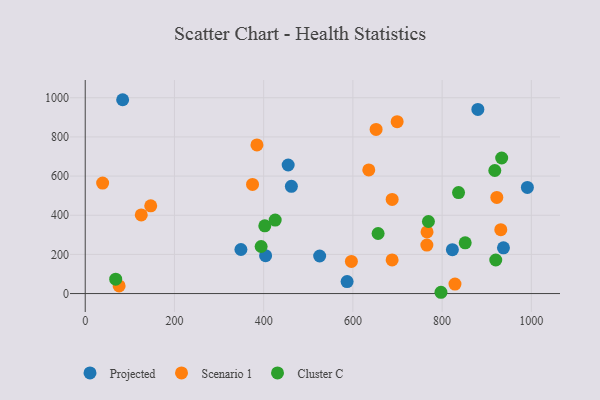
{"axis": {"x": "Speed", "y": "Fuel Efficiency"}, "legend": ["Cluster C", "Projected", "Scenario 1"], "data": [{"x": "525.5", "y": 191.8, "type": "Projected"}, {"x": "587.0", "y": 61.3, "type": "Projected"}, {"x": "937.5", "y": 233.7, "type": "Projected"}, {"x": "404.3", "y": 193.4, "type": "Projected"}, {"x": "83.9", "y": 990.0, "type": "Projected"}, {"x": "454.9", "y": 656.7, "type": "Projected"}, {"x": "991.1", "y": 542.1, "type": "Projected"}, {"x": "462.1", "y": 547.6, "type": "Projected"}, {"x": "880.1", "y": 940.4, "type": "Projected"}, {"x": "823.0", "y": 224.2, "type": "Projected"}, {"x": "349.0", "y": 225.1, "type": "Projected"}, {"x": "76.0", "y": 38.8, "type": "Scenario 1"}, {"x": "146.8", "y": 448.3, "type": "Scenario 1"}, {"x": "39.0", "y": 564.3, "type": "Scenario 1"}, {"x": "635.6", "y": 631.2, "type": "Scenario 1"}, {"x": "384.9", "y": 759.1, "type": "Scenario 1"}, {"x": "596.6", "y": 164.2, "type": "Scenario 1"}, {"x": "688.0", "y": 481.0, "type": "Scenario 1"}, {"x": "699.2", "y": 878.1, "type": "Scenario 1"}, {"x": "765.8", "y": 247.6, "type": "Scenario 1"}, {"x": "931.5", "y": 326.2, "type": "Scenario 1"}, {"x": "922.6", "y": 490.8, "type": "Scenario 1"}, {"x": "828.8", "y": 48.6, "type": "Scenario 1"}, {"x": "652.0", "y": 838.1, "type": "Scenario 1"}, {"x": "687.9", "y": 171.5, "type": "Scenario 1"}, {"x": "375.0", "y": 557.4, "type": "Scenario 1"}, {"x": "766.2", "y": 314.9, "type": "Scenario 1"}, {"x": "125.6", "y": 401.6, "type": "Scenario 1"}, {"x": "394.3", "y": 240.2, "type": "Cluster C"}, {"x": "656.5", "y": 306.7, "type": "Cluster C"}, {"x": "402.5", "y": 346.0, "type": "Cluster C"}, {"x": "68.3", "y": 73.6, "type": "Cluster C"}, {"x": "920.2", "y": 171.4, "type": "Cluster C"}, {"x": "797.4", "y": 6.5, "type": "Cluster C"}, {"x": "918.1", "y": 628.4, "type": "Cluster C"}, {"x": "769.3", "y": 368.0, "type": "Cluster C"}, {"x": "836.8", "y": 515.8, "type": "Cluster C"}, {"x": "851.7", "y": 259.3, "type": "Cluster C"}, {"x": "933.5", "y": 692.3, "type": "Cluster C"}, {"x": "425.8", "y": 375.3, "type": "Cluster C"}]}